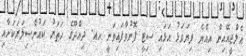
އެލްޖީއޭއިން އިއްޔެ ފިޔަވަޅު އަޅައި ސިޓީ ފޮނުވާފައިވަނީ ހއ. ދިއްދޫގެ ހަތަރު ކައުންސިލަރަކަށާއި